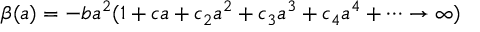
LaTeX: \beta ( a ) = - b a ^ { 2 } ( 1 + c a + c _ { 2 } a ^ { 2 } + c _ { 3 } a ^ { 3 } + c _ { 4 } a ^ { 4 } + \cdots \rightarrow \infty )